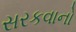
સરકવાનો